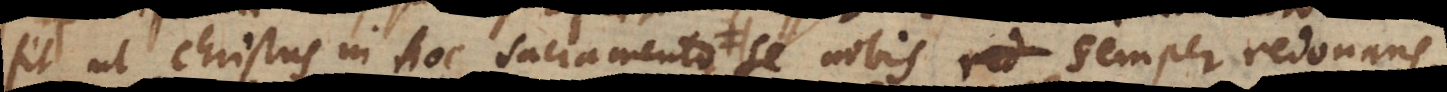
fit, ut Christus in hoc Sacramento se nobis semper redonans,